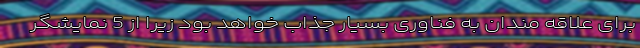
برای علاقه مندان به فناوری بسیار جذاب خواهد بود زیرا از 5 نمایشگر